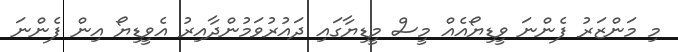
މި މަންޒަރު ފެންނަ ވީޑިޔޯއެއް މީސް މީޑިޔާގައި ދައުރުވަމުންދާއިރު އެވީޑިޔޯ އިން ފެންނަ